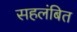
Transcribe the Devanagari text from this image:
सहलंबित